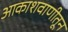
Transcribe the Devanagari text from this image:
आकाशवाणीतून